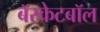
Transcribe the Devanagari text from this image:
बॅस्केटबॉल